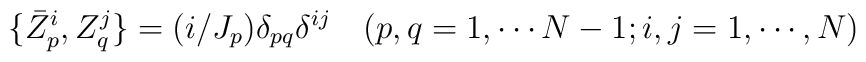
\{\bar Z^i_p, Z^j_q\}=(i/J_p)\delta_{pq}\delta^{ij}\quad (p,q=1,\cdots N-1;i,j=1,\cdots,N)